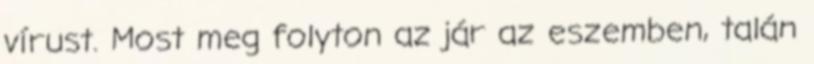
vírust. Most meg folyton az jár az eszemben, talán